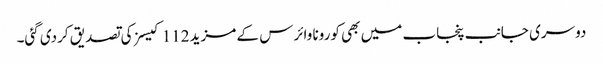
دوسری جانب پنجاب میں بھی کورونا وائرس کے مزید 112 کیسز کی تصدیق کردی گئی۔